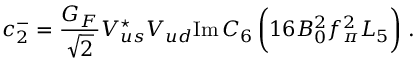
c _ { 2 } ^ { - } = { \frac { G _ { F } } { \sqrt { 2 } } } V _ { u s } ^ { \star } V _ { u d } \mathrm { I m } \, C _ { 6 } \, \biggl ( 1 6 B _ { 0 } ^ { 2 } f _ { \pi } ^ { 2 } L _ { 5 } \biggr ) \; .